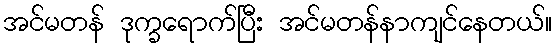
အင်မတန် ဒုက္ခရောက်ပြီး အင်မတန်နာကျင်နေတယ်။